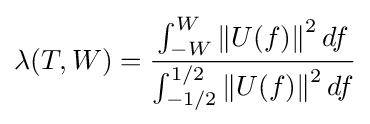
\lambda (T,W)={\frac {\int _{-W}^{W}{\|U(f)\|}^{2}\,df}{\int _{-1/2}^{1/2}{\|U(f)\|}^{2}\,df}}